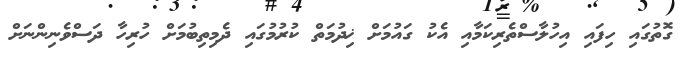
ގޮތުގައި ހިފައި އިހުލާސްތެރިކަމާއި އެކު ގައުމަށް ޚިދުމަތް ކުރުމުގައި ދެމިތިބުމަށް ހުރިހާ ދަސްވެނިންނަށް